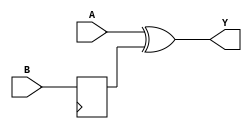
module XOR_Gate_Delay(input A, input B, output Y);
   reg delayed_B;

   // Delay B signal by one time unit
   always @(posedge clock) begin
      delayed_B <= B;
   end

   // XOR gate to compare A and delayed B signals
   assign Y = A ^ delayed_B;

endmodule